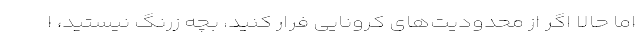
اما حالا اگر از محدودیت‌های کرونایی فرار کنید، بچه زرنگ نیستید، ا